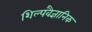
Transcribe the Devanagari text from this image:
शिल्पवैज्ञानिक